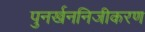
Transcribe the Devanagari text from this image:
पुनर्खननिजीकरण